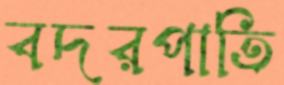
বদরপাতি